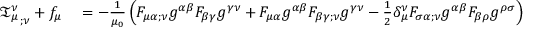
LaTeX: \begin{array} { r l } { { { \mathfrak { T } } _ { \mu } ^ { \nu } } _ { ; \nu } + f _ { \mu } } & { { } = - { \frac { 1 } { \mu _ { 0 } } } \left( F _ { \mu \alpha ; \nu } g ^ { \alpha \beta } F _ { \beta \gamma } g ^ { \gamma \nu } + F _ { \mu \alpha } g ^ { \alpha \beta } F _ { \beta \gamma ; \nu } g ^ { \gamma \nu } - { \frac { 1 } { 2 } } \delta _ { \mu } ^ { \nu } F _ { \sigma \alpha ; \nu } g ^ { \alpha \beta } F _ { \beta \rho } g ^ { \rho \sigma } \right) { \frac { \sqrt { - g } } { c } } + { \frac { 1 } { \mu _ { 0 } } } F _ { \mu \alpha } g ^ { \alpha \beta } F _ { \beta \gamma ; \nu } g ^ { \gamma \nu } { \frac { \sqrt { - g } } { c } } } \end{array}